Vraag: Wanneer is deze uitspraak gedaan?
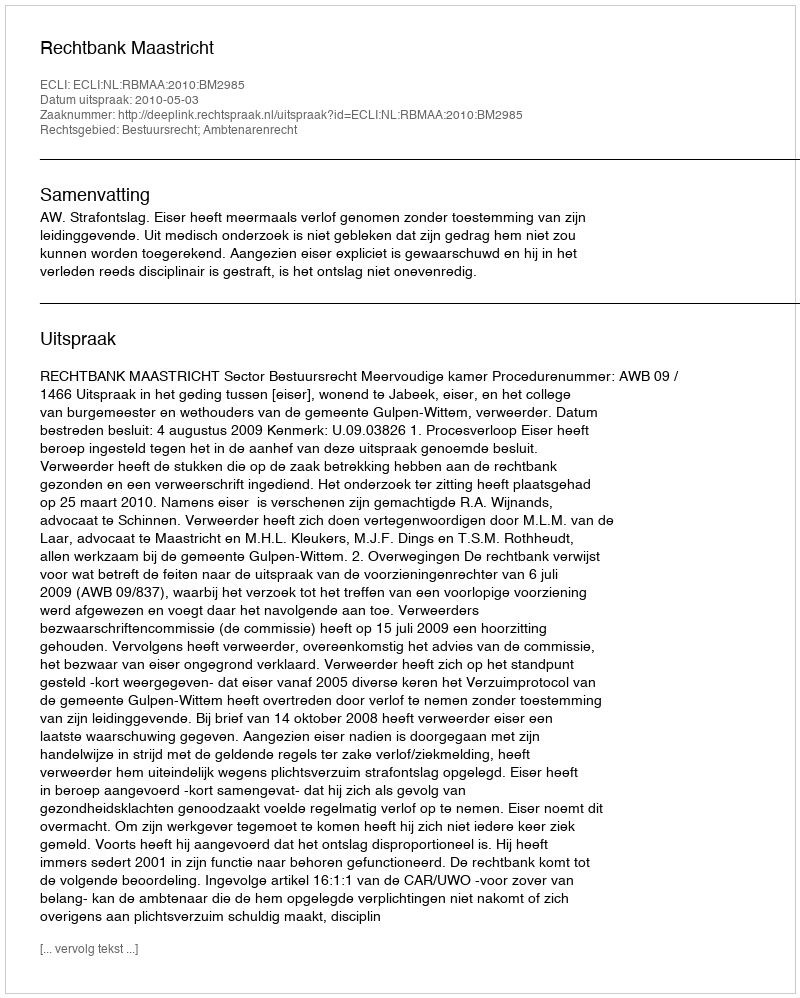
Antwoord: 2010-05-03